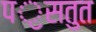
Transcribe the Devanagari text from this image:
पॖसतुत